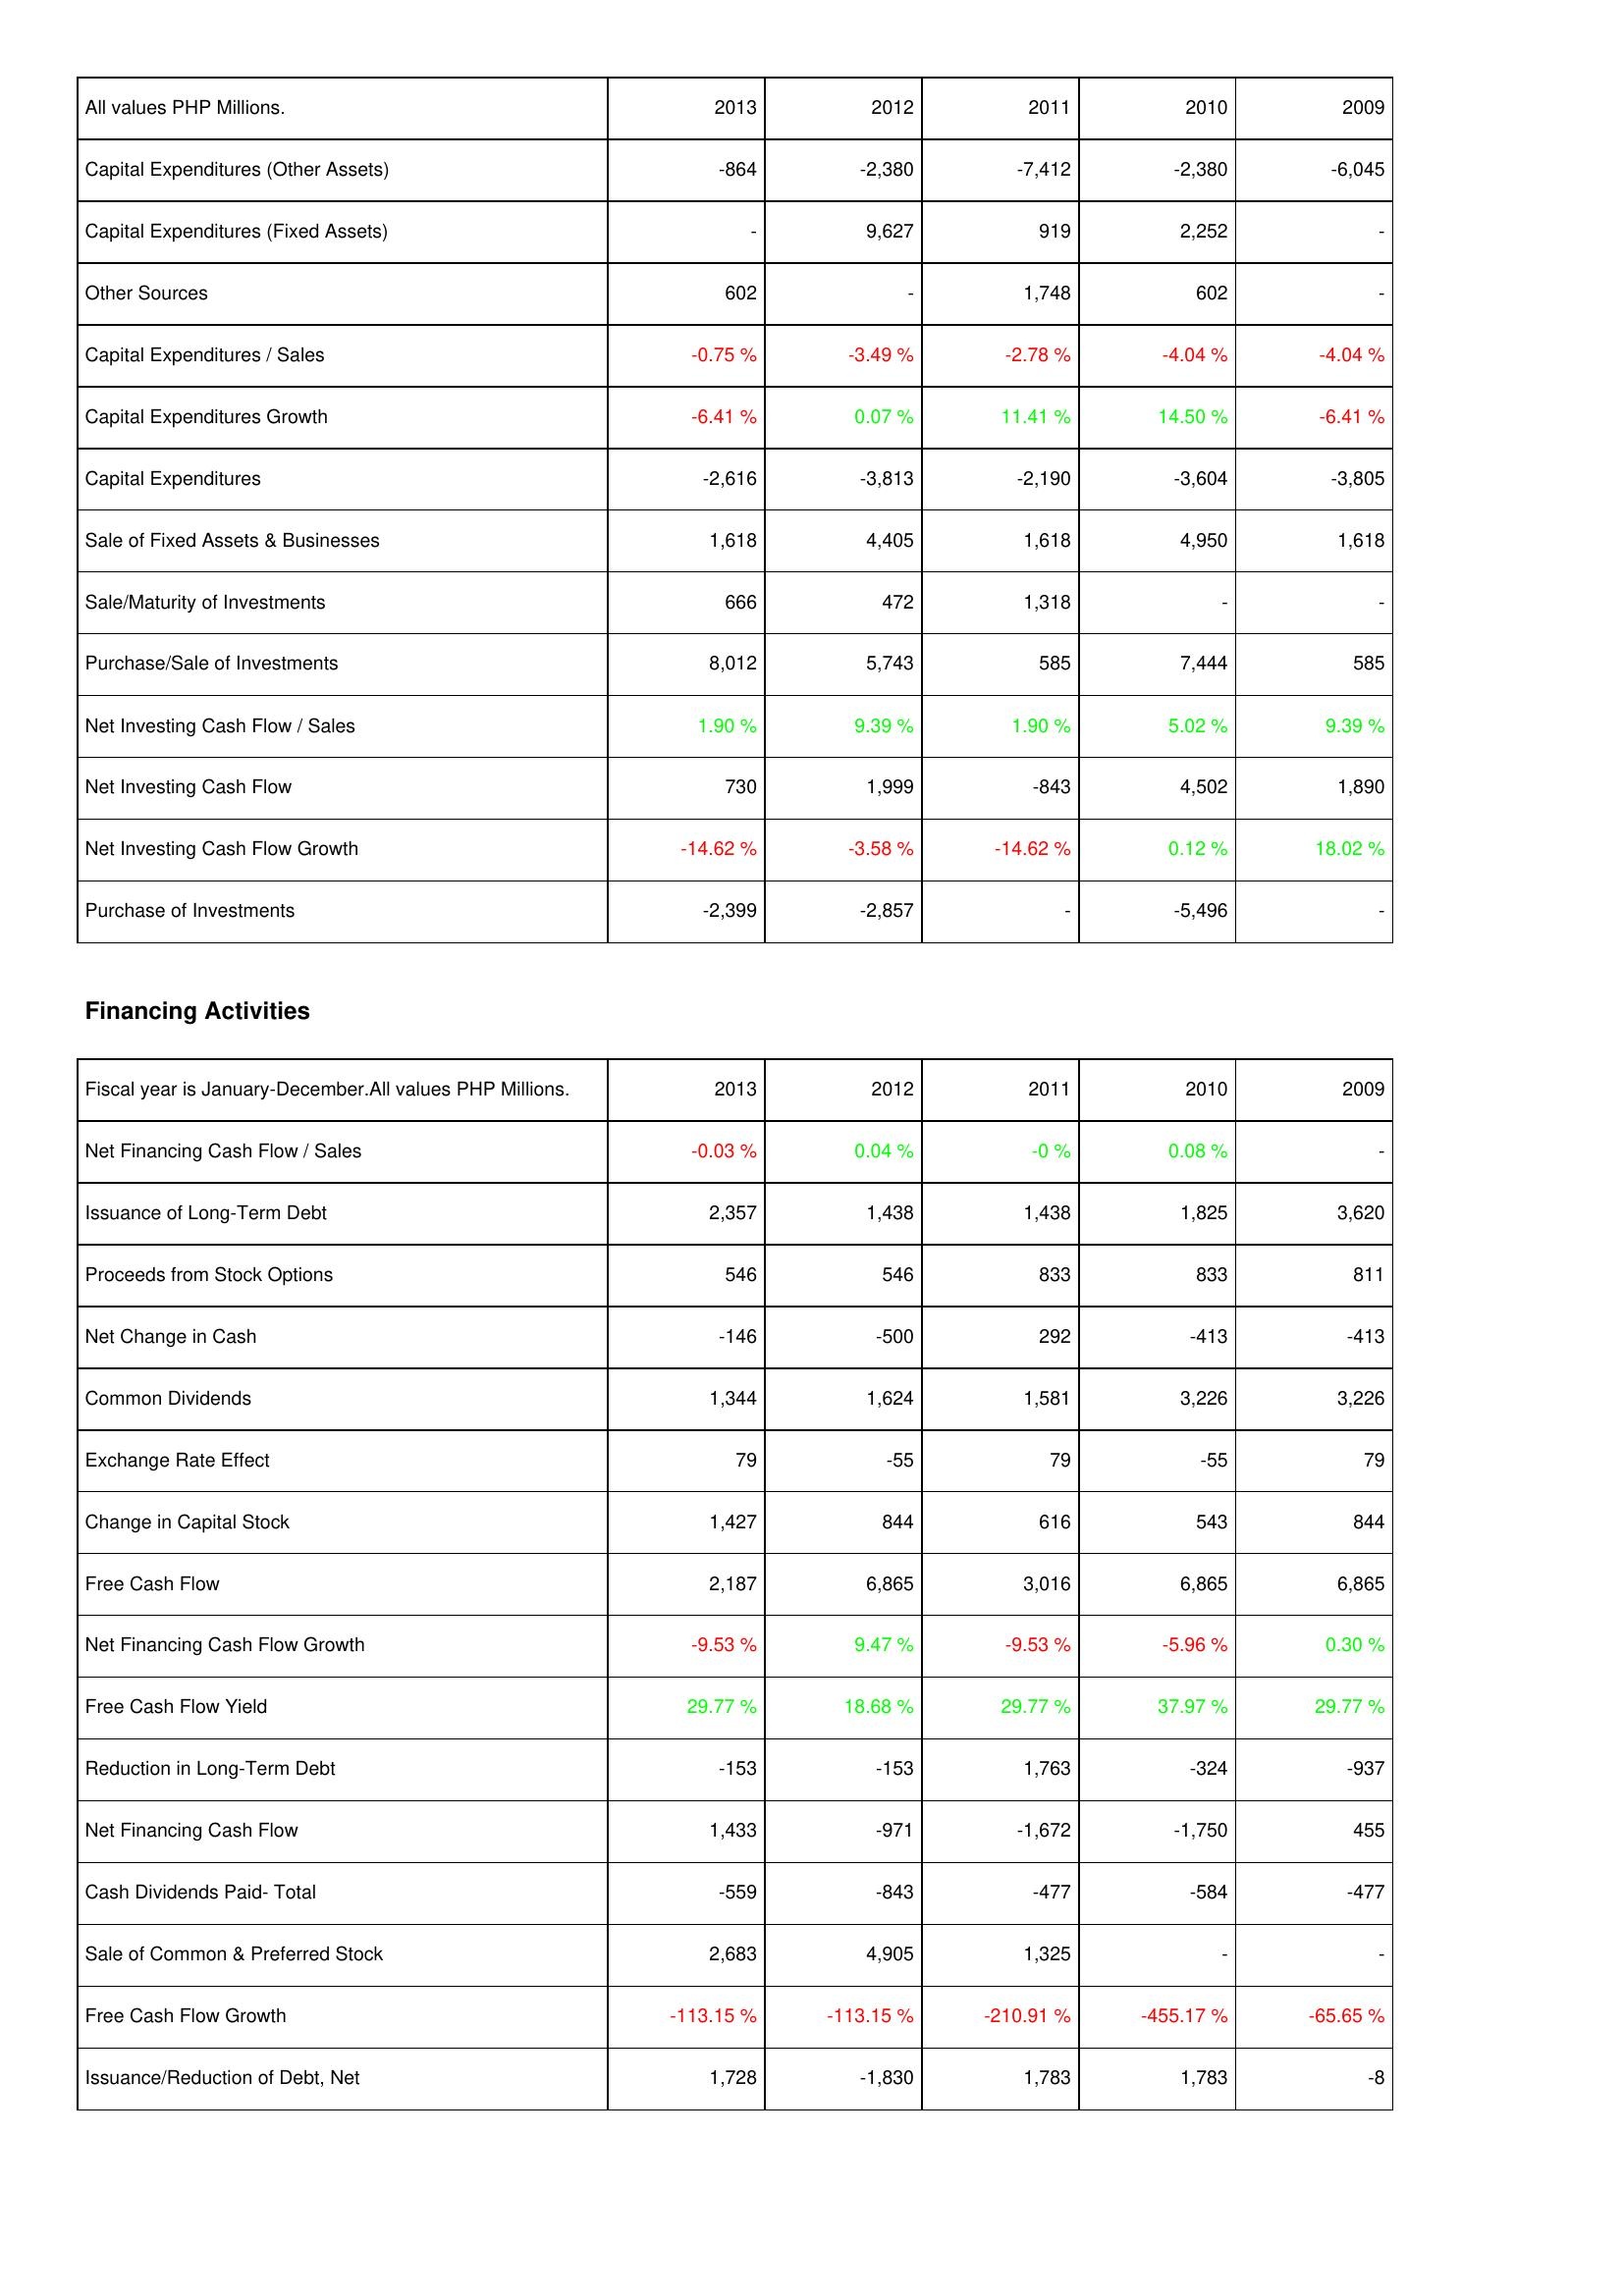
2013: Investing Activities: Capital Expenditures (Other Assets): -864
Capital Expenditures (Fixed Assets): -
Other Sources: 602
Capital Expenditures / Sales: -0.75 %
Capital Expenditures Growth: -6.41 %
Capital Expenditures: -2,616
Sale of Fixed Assets & Businesses: 1,618
Sale/Maturity of Investments: 666
Purchase/Sale of Investments: 8,012
Net Investing Cash Flow / Sales: 1.90 %
Net Investing Cash Flow: 730
Net Investing Cash Flow Growth: -14.62 %
Purchase of Investments: -2,399
Financing Activities: Net Financing Cash Flow / Sales: -0.03 %
Issuance of Long-Term Debt: 2,357
Proceeds from Stock Options: 546
Net Change in Cash: -146
Common Dividends: 1,344
Exchange Rate Effect: 79
Change in Capital Stock: 1,427
Free Cash Flow: 2,187
Net Financing Cash Flow Growth: -9.53 %
Free Cash Flow Yield: 29.77 %
Reduction in Long-Term Debt: -153
Net Financing Cash Flow: 1,433
Cash Dividends Paid- Total: -559
Sale of Common & Preferred Stock: 2,683
Free Cash Flow Growth: -113.15 %
Issuance/Reduction of Debt, Net: 1,728
2012: Investing Activities: Capital Expenditures (Other Assets): -2,380
Capital Expenditures (Fixed Assets): 9,627
Other Sources: -
Capital Expenditures / Sales: -3.49 %
Capital Expenditures Growth: 0.07 %
Capital Expenditures: -3,813
Sale of Fixed Assets & Businesses: 4,405
Sale/Maturity of Investments: 472
Purchase/Sale of Investments: 5,743
Net Investing Cash Flow / Sales: 9.39 %
Net Investing Cash Flow: 1,999
Net Investing Cash Flow Growth: -3.58 %
Purchase of Investments: -2,857
Financing Activities: Net Financing Cash Flow / Sales: 0.04 %
Issuance of Long-Term Debt: 1,438
Proceeds from Stock Options: 546
Net Change in Cash: -500
Common Dividends: 1,624
Exchange Rate Effect: -55
Change in Capital Stock: 844
Free Cash Flow: 6,865
Net Financing Cash Flow Growth: 9.47 %
Free Cash Flow Yield: 18.68 %
Reduction in Long-Term Debt: -153
Net Financing Cash Flow: -971
Cash Dividends Paid- Total: -843
Sale of Common & Preferred Stock: 4,905
Free Cash Flow Growth: -113.15 %
Issuance/Reduction of Debt, Net: -1,830
2011: Investing Activities: Capital Expenditures (Other Assets): -7,412
Capital Expenditures (Fixed Assets): 919
Other Sources: 1,748
Capital Expenditures / Sales: -2.78 %
Capital Expenditures Growth: 11.41 %
Capital Expenditures: -2,190
Sale of Fixed Assets & Businesses: 1,618
Sale/Maturity of Investments: 1,318
Purchase/Sale of Investments: 585
Net Investing Cash Flow / Sales: 1.90 %
Net Investing Cash Flow: -843
Net Investing Cash Flow Growth: -14.62 %
Purchase of Investments: -
Financing Activities: Net Financing Cash Flow / Sales: -0 %
Issuance of Long-Term Debt: 1,438
Proceeds from Stock Options: 833
Net Change in Cash: 292
Common Dividends: 1,581
Exchange Rate Effect: 79
Change in Capital Stock: 616
Free Cash Flow: 3,016
Net Financing Cash Flow Growth: -9.53 %
Free Cash Flow Yield: 29.77 %
Reduction in Long-Term Debt: 1,763
Net Financing Cash Flow: -1,672
Cash Dividends Paid- Total: -477
Sale of Common & Preferred Stock: 1,325
Free Cash Flow Growth: -210.91 %
Issuance/Reduction of Debt, Net: 1,783
2010: Investing Activities: Capital Expenditures (Other Assets): -2,380
Capital Expenditures (Fixed Assets): 2,252
Other Sources: 602
Capital Expenditures / Sales: -4.04 %
Capital Expenditures Growth: 14.50 %
Capital Expenditures: -3,604
Sale of Fixed Assets & Businesses: 4,950
Sale/Maturity of Investments: -
Purchase/Sale of Investments: 7,444
Net Investing Cash Flow / Sales: 5.02 %
Net Investing Cash Flow: 4,502
Net Investing Cash Flow Growth: 0.12 %
Purchase of Investments: -5,496
Financing Activities: Net Financing Cash Flow / Sales: 0.08 %
Issuance of Long-Term Debt: 1,825
Proceeds from Stock Options: 833
Net Change in Cash: -413
Common Dividends: 3,226
Exchange Rate Effect: -55
Change in Capital Stock: 543
Free Cash Flow: 6,865
Net Financing Cash Flow Growth: -5.96 %
Free Cash Flow Yield: 37.97 %
Reduction in Long-Term Debt: -324
Net Financing Cash Flow: -1,750
Cash Dividends Paid- Total: -584
Sale of Common & Preferred Stock: -
Free Cash Flow Growth: -455.17 %
Issuance/Reduction of Debt, Net: 1,783
2009: Investing Activities: Capital Expenditures (Other Assets): -6,045
Capital Expenditures (Fixed Assets): -
Other Sources: -
Capital Expenditures / Sales: -4.04 %
Capital Expenditures Growth: -6.41 %
Capital Expenditures: -3,805
Sale of Fixed Assets & Businesses: 1,618
Sale/Maturity of Investments: -
Purchase/Sale of Investments: 585
Net Investing Cash Flow / Sales: 9.39 %
Net Investing Cash Flow: 1,890
Net Investing Cash Flow Growth: 18.02 %
Purchase of Investments: -
Financing Activities: Net Financing Cash Flow / Sales: -
Issuance of Long-Term Debt: 3,620
Proceeds from Stock Options: 811
Net Change in Cash: -413
Common Dividends: 3,226
Exchange Rate Effect: 79
Change in Capital Stock: 844
Free Cash Flow: 6,865
Net Financing Cash Flow Growth: 0.30 %
Free Cash Flow Yield: 29.77 %
Reduction in Long-Term Debt: -937
Net Financing Cash Flow: 455
Cash Dividends Paid- Total: -477
Sale of Common & Preferred Stock: -
Free Cash Flow Growth: -65.65 %
Issuance/Reduction of Debt, Net: -8